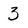
Character: 3